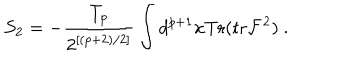
S _ { 2 } = - \frac { T _ { p } } { 2 ^ { [ ( p + 2 ) / 2 ] } } \int d ^ { p + 1 } x \mathrm { T r } ( \mathrm { t r } { \cal F } ^ { 2 } ) \ .